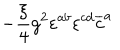
- \frac { \xi } { 4 } g ^ { 2 } \varepsilon ^ { a b } \varepsilon ^ { c d } \overline { { { c } } } ^ { a }